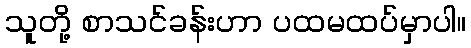
သူတို့ စာသင်ခန်းဟာ ပထမထပ်မှာပါ။